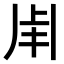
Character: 𤰆